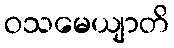
ဝသမေယျာတိ